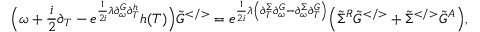
\Big ( \omega + \frac { i } { 2 } \partial _ { T } - e ^ { \frac { 1 } { 2 i } \lambda \partial _ { \omega } ^ { G } \partial _ { T } ^ { h } } h ( T ) \Big ) \tilde { G } ^ { < / > } = e ^ { \frac { 1 } { 2 i } \lambda \left( \partial _ { T } ^ { \Sigma } \partial _ { \omega } ^ { G } - \partial _ { \omega } ^ { \Sigma } \partial _ { T } ^ { G } \right) } \Big ( \tilde { \Sigma } ^ { R } \tilde { G } ^ { < / > } + \tilde { \Sigma } ^ { < / > } \tilde { G } ^ { A } \Big ) ,